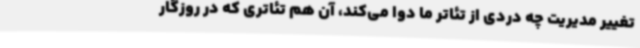
تغییر مدیریت چه دردی از تئاتر ما دوا می‌کند، آن هم تئاتری که در روزگار